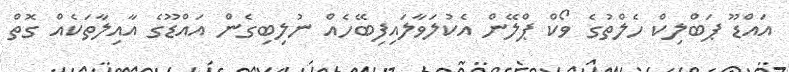
އައްޑޫ ޕަބްލިކް ހެލްތުގެ ވޯކް ޕްލޭން އެކުލަވާލައިފިބޭހެއް ނުލިބިގެން އައްޑޫގެ އާއިލާތަކެއް ގޮތް